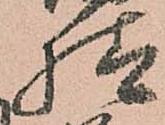
様